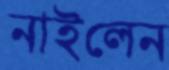
নাইলেন